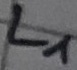
Text: L1